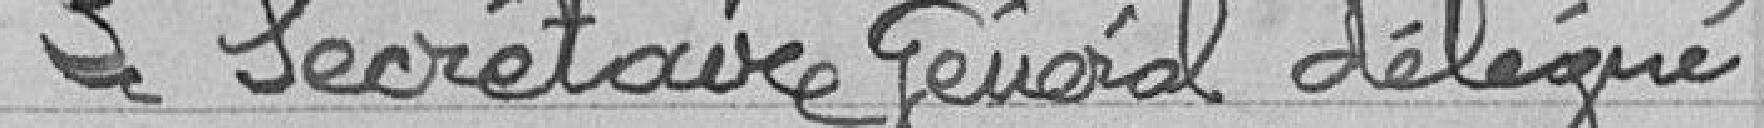
Le Secrétaire Général délégué